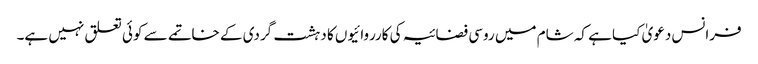
فرانس دعویٰ کیا ہے کہ شام میں روسی فضائیہ کی کارروائیوں کا دہشت گردی کے خاتمے سے کوئی تعلق نہیں ہے۔